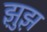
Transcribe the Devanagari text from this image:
झ़ुझ़